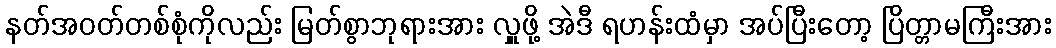
နတ်အဝတ်တစ်စုံကိုလည်း မြတ်စွာဘုရားအား လှူဖို့ အဲဒီ ရဟန်းထံမှာ အပ်ပြီးတော့ ပြိတ္တာမကြီးအား